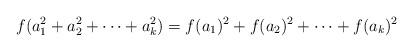
LaTeX: \begin{align*}f(a_1^2 + a_2^2 + \dotsb + a_k^2) = f(a_1)^2 + f(a_2)^2 + \dotsb + f(a_k)^2\end{align*}